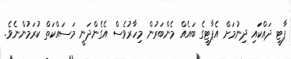
ޕާޓީ ދައްކައި ދިނުމަށް އެޕާޓީގެ ބައެއް މެންބަރުން މިހާރުވެސް އެގެންދަނީ މަސައްކަތް ކުރަމުންނެވެ.